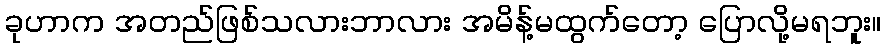
ခုဟာက အတည်ဖြစ်သလားဘာလား အမိန့်မထွက်တော့ ပြောလို့မရဘူး။